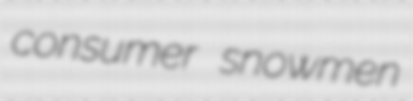
consumer snowmen